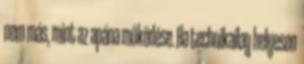
nem más, mint az apána működése. Ha technikailag helyesen